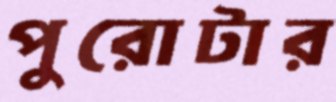
পুরোটার